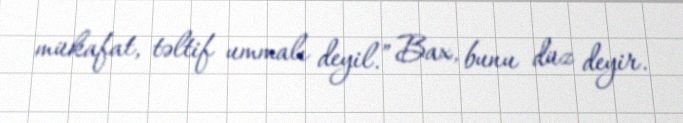
mükafat, təltif ummalı deyil.” Bax, bunu düz deyir.